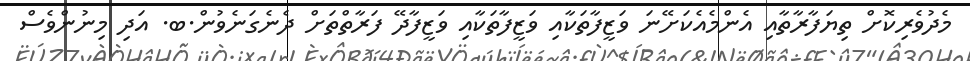
މެދުވެރިކޮށް ތިޔަފާރާތާއި އެންމެއެކަށޭނަ ވަޒީފާތަކާއި ވަޒީފާތަކާއި ވަޒީފާދޭ ފަރާތްތަށް ދެނެގަނެވުން.ބ. އަދި މިނުންވެސް